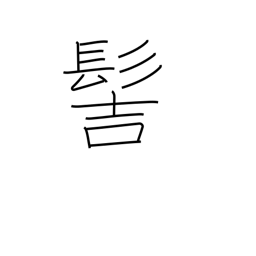
Meaning: samurai topknot